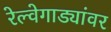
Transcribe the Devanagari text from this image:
रेल्वेगाड्यांवर